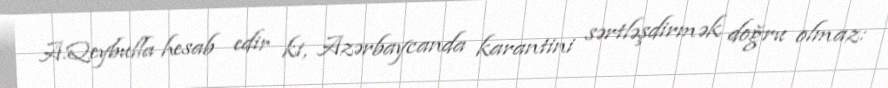
A.Qeybulla hesab edir ki, Azərbaycanda karantini sərtləşdirmək doğru olmaz: